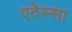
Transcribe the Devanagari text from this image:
एदेस्सा